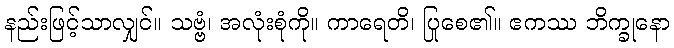
နည်းဖြင့်သာလျှင်။ သဗ္ဗံ၊ အလုံးစုံကို။ ကာရေတိ၊ ပြုစေ၏။ ဧကဿ ဘိက္ခုနော